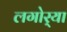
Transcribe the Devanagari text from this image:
लगोर्‍या